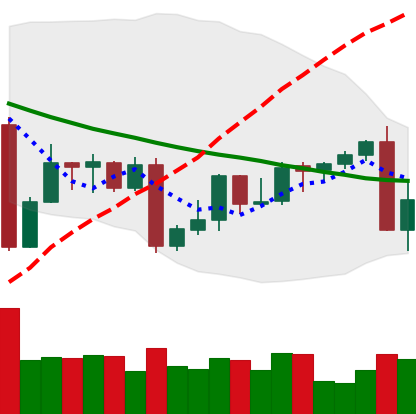
Ticker: XMR-USD
Chart end date: 2022-09-07
Forward return: 9.837%
Label: up_7plus